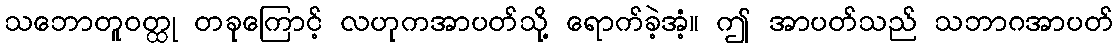
သဘောတူဝတ္ထု တခုကြောင့် လဟုကအာပတ်သို့ ရောက်ခဲ့အံ့။ ဤ အာပတ်သည် သဘာဂအာပတ်